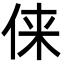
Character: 俫